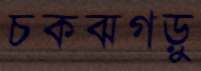
চকঝগড়ু